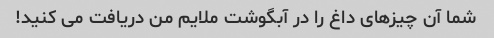
شما آن چیزهای داغ را در آبگوشت ملایم من دریافت می کنید!